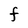
Character: F